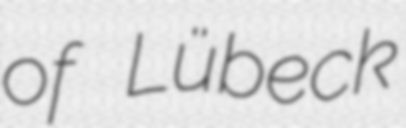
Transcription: of Lübeck